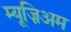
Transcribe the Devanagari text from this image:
म्यूज़िअम